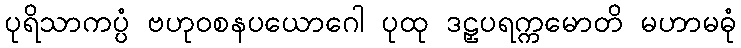
ပုရိသာကပ္ပံ ဗဟုဝစနပယောဂေါ ပုထု ဒဠှပရက္ကမောတိ မဟာမဓုံ